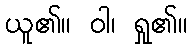
ယူ၏။ ဝါ၊ ရှု၏။